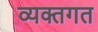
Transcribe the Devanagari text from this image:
व्यक्तगत